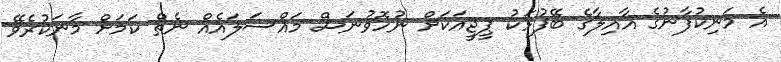
އެ މަނިކުފާނުގެ އާއިލާގެ ބޭފުޅަކު ޕީޖީއަކަށް ނުހޮވުނަސް މައްސަލައެއް ނެތް ކަމަށް މާނަކުރެވޭ